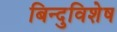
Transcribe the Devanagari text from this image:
बिन्दुविशेष